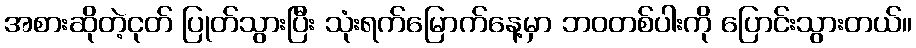
အစားဆိုတဲ့ငုတ် ပြုတ်သွားပြီး သုံးရက်မြောက်နေ့မှာ ဘဝတစ်ပါးကို ပြောင်းသွားတယ်။